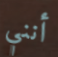
أنني